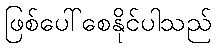
ဖြစ်ပေါ်စေနိုင်ပါသည်